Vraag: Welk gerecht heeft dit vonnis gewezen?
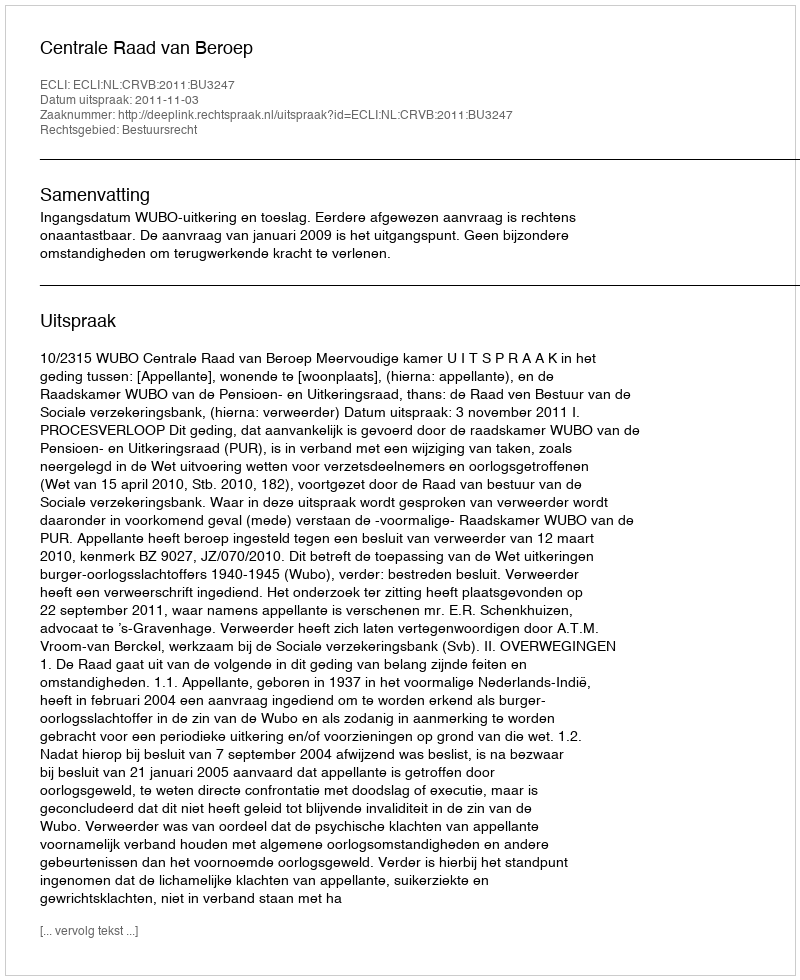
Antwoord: Centrale Raad van Beroep